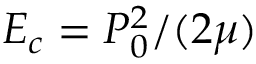
E _ { c } = P _ { 0 } ^ { 2 } / ( 2 \mu )